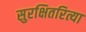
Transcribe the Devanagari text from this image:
सुरक्षितरित्या